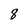
Character: 8